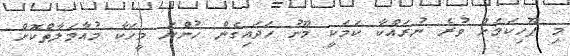
މި ފޫހިކަމަށް ވުރެ ނުރައްކާ ކަމަކީ މޫނު ހަދައިގެން ހުންނަ މީހަކާ މުއާމަލާތްކޮށް